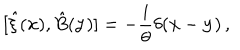
[ { \hat { \xi } } ( { \bf x } ) , { \hat { B } } ( { \bf y } ) ] = - { \frac { i } { \theta } } \delta ( { \bf x } - { \bf y } ) \, ,